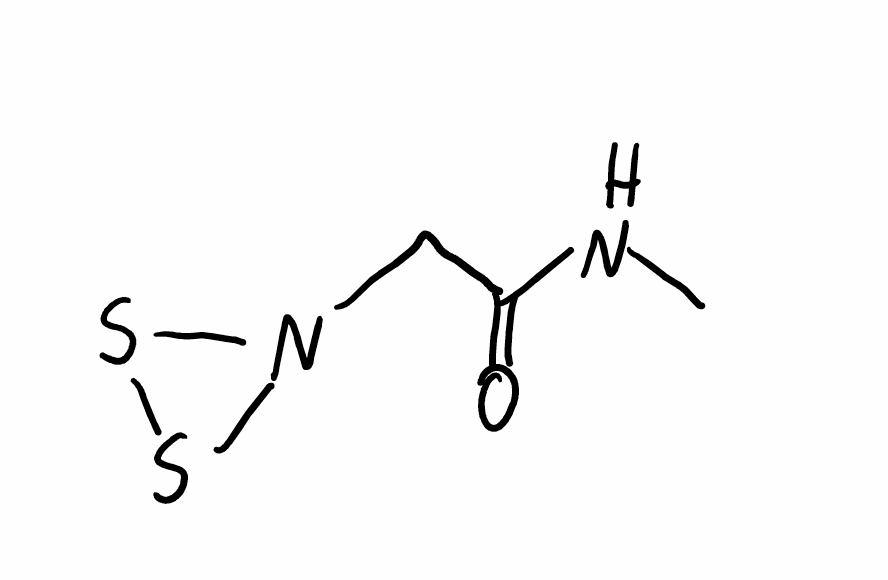
Simplified molecular-input line-entry system (SMILES) notation of the given molecule:
CNC(=O)CN1SS1